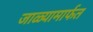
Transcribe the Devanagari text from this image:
जाळ्यामार्फत